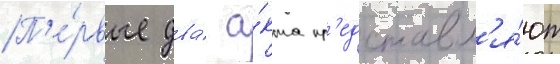
П'е́рвые два́ а́кта пр'едставл'я́ют